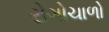
રોગોચાળો